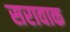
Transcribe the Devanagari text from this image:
सरावाक